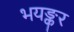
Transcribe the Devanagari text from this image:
भयङ्कर